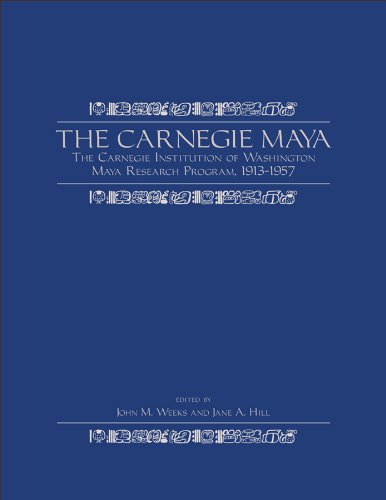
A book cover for The Carnegie Maya: The Carnegie Institution of Washington Maya Research Program, 1913-1957; History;